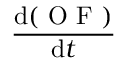
\frac { \mathrm { d } ( \mathrm { ~ O ~ F ~ } ) } { \mathrm { d } t }